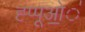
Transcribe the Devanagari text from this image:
ह्प्पूओ॒॒॒॑